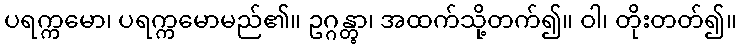
ပရက္ကမော၊ ပရက္ကမောမည်၏။ ဥဂ္ဂန္တွာ၊ အထက်သို့တက်၍။ ဝါ၊ တိုးတတ်၍။